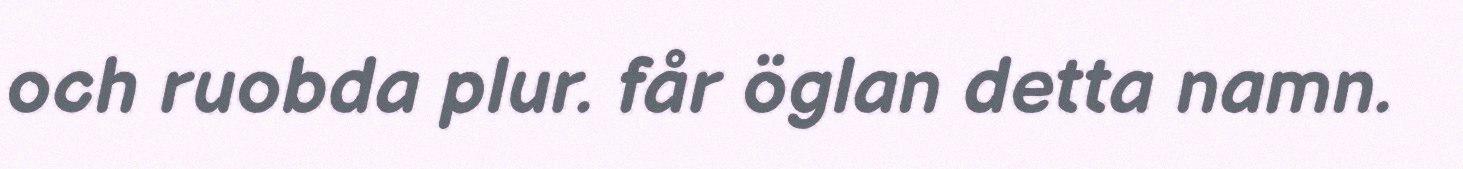
och ruobda plur. får öglan detta namn.